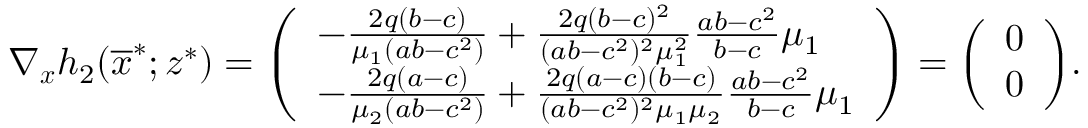
\nabla _ { \boldsymbol { x } } h _ { 2 } ( \overline { { \boldsymbol { x } } } ^ { * } ; \boldsymbol { z } ^ { * } ) = { \left( \begin{array} { l } { - \frac { 2 q ( b - c ) } { \mu _ { 1 } ( a b - c ^ { 2 } ) } + \frac { 2 q ( b - c ) ^ { 2 } } { ( a b - c ^ { 2 } ) ^ { 2 } \mu _ { 1 } ^ { 2 } } \frac { a b - c ^ { 2 } } { b - c } \mu _ { 1 } } \\ { - \frac { 2 q ( a - c ) } { \mu _ { 2 } ( a b - c ^ { 2 } ) } + \frac { 2 q ( a - c ) ( b - c ) } { ( a b - c ^ { 2 } ) ^ { 2 } \mu _ { 1 } \mu _ { 2 } } \frac { a b - c ^ { 2 } } { b - c } \mu _ { 1 } } \end{array} \right) } = { \left( \begin{array} { l } { 0 } \\ { 0 } \end{array} \right) } .